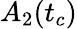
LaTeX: A_{2}(t_{c})